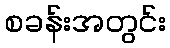
စခန်းအတွင်း